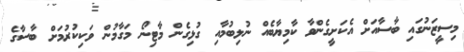
މިސީޒަނުގައި ބާސާއަށް އެކަށީގެންވާ ކާމިޔާބެއް ނުލިބުމާއި ގުޅިގެން މާޓިނޯ މަގާމުން ވަކިކުރުމަށް ބާސާގެ